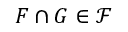
F \cap G \in { \mathcal { F } }